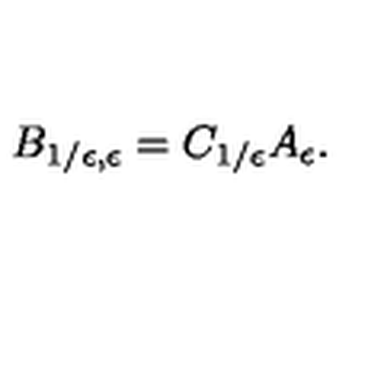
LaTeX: B _ { 1 / \epsilon , \epsilon } = C _ { 1 / \epsilon } A _ { \epsilon } .